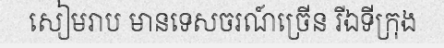
សៀមរាប មានទេសចរណ៍ច្រើន រីឯទីក្រុង